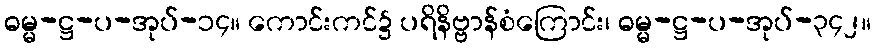
ဓမ္မ-ဋ္ဌ-ပ-အုပ်-၁၄။ ကောင်းကင်၌ ပရိနိဗ္ဗာန်စံကြောင်း၊ ဓမ္မ-ဋ္ဌ-ပ-အုပ်-၃၄၂။